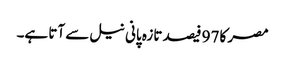
مصر کا 97 فیصد تازہ پانی نیل سے آتا ہے۔